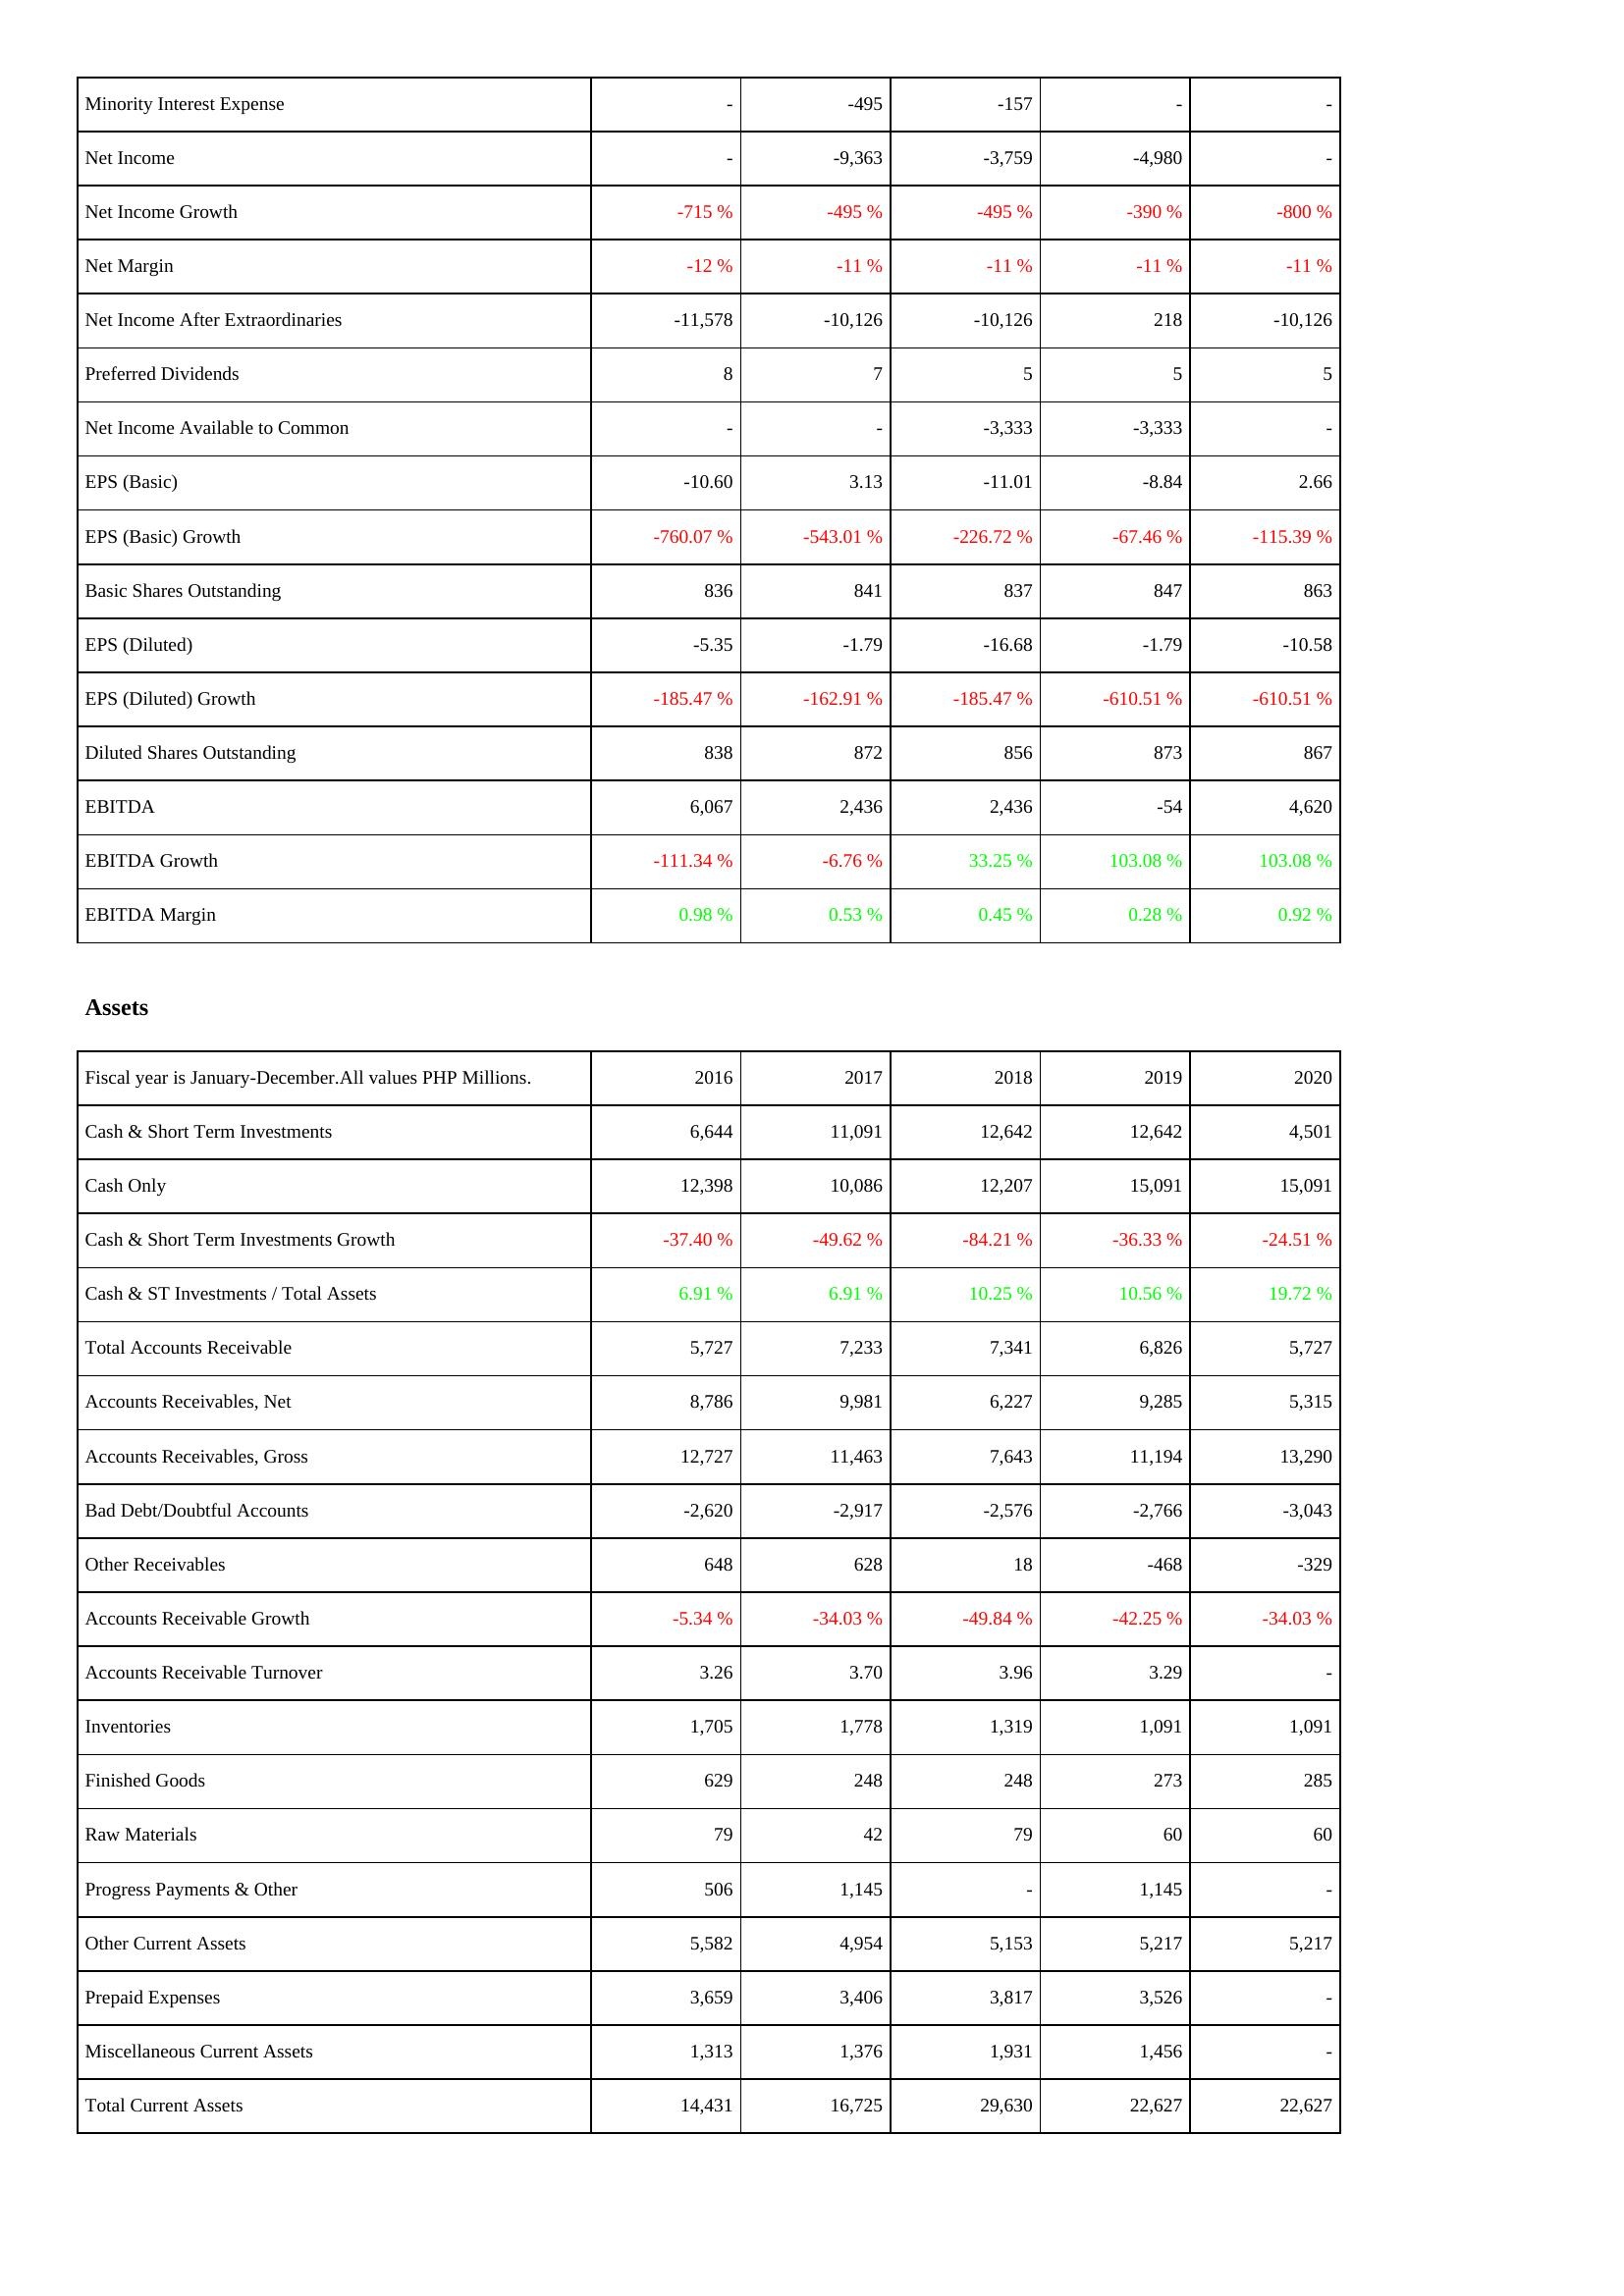
2016: Income Statement: Minority Interest Expense: -
Net Income: -
Net Income Growth: -715 %
Net Margin: -12 %
Net Income After Extraordinaries: -11,578
Preferred Dividends: 8
Net Income Available to Common: -
EPS (Basic): -10.60
EPS (Basic) Growth: -760.07 %
Basic Shares Outstanding: 836
EPS (Diluted): -5.35
EPS (Diluted) Growth: -185.47 %
Diluted Shares Outstanding: 838
EBITDA: 6,067
EBITDA Growth: -111.34 %
EBITDA Margin: 0.98 %
Assets: Cash & Short Term Investments: 6,644
Cash Only: 12,398
Cash & Short Term Investments Growth: -37.40 %
Cash & ST Investments / Total Assets: 6.91 %
Total Accounts Receivable: 5,727
Accounts Receivables, Net: 8,786
Accounts Receivables, Gross: 12,727
Bad Debt/Doubtful Accounts: -2,620
Other Receivables: 648
Accounts Receivable Growth: -5.34 %
Accounts Receivable Turnover: 3.26
Inventories: 1,705
Finished Goods: 629
Raw Materials: 79
Progress Payments & Other: 506
Other Current Assets: 5,582
Prepaid Expenses: 3,659
Miscellaneous Current Assets: 1,313
Total Current Assets: 14,431
2017: Income Statement: Minority Interest Expense: -495
Net Income: -9,363
Net Income Growth: -495 %
Net Margin: -11 %
Net Income After Extraordinaries: -10,126
Preferred Dividends: 7
Net Income Available to Common: -
EPS (Basic): 3.13
EPS (Basic) Growth: -543.01 %
Basic Shares Outstanding: 841
EPS (Diluted): -1.79
EPS (Diluted) Growth: -162.91 %
Diluted Shares Outstanding: 872
EBITDA: 2,436
EBITDA Growth: -6.76 %
EBITDA Margin: 0.53 %
Assets: Cash & Short Term Investments: 11,091
Cash Only: 10,086
Cash & Short Term Investments Growth: -49.62 %
Cash & ST Investments / Total Assets: 6.91 %
Total Accounts Receivable: 7,233
Accounts Receivables, Net: 9,981
Accounts Receivables, Gross: 11,463
Bad Debt/Doubtful Accounts: -2,917
Other Receivables: 628
Accounts Receivable Growth: -34.03 %
Accounts Receivable Turnover: 3.70
Inventories: 1,778
Finished Goods: 248
Raw Materials: 42
Progress Payments & Other: 1,145
Other Current Assets: 4,954
Prepaid Expenses: 3,406
Miscellaneous Current Assets: 1,376
Total Current Assets: 16,725
2018: Income Statement: Minority Interest Expense: -157
Net Income: -3,759
Net Income Growth: -495 %
Net Margin: -11 %
Net Income After Extraordinaries: -10,126
Preferred Dividends: 5
Net Income Available to Common: -3,333
EPS (Basic): -11.01
EPS (Basic) Growth: -226.72 %
Basic Shares Outstanding: 837
EPS (Diluted): -16.68
EPS (Diluted) Growth: -185.47 %
Diluted Shares Outstanding: 856
EBITDA: 2,436
EBITDA Growth: 33.25 %
EBITDA Margin: 0.45 %
Assets: Cash & Short Term Investments: 12,642
Cash Only: 12,207
Cash & Short Term Investments Growth: -84.21 %
Cash & ST Investments / Total Assets: 10.25 %
Total Accounts Receivable: 7,341
Accounts Receivables, Net: 6,227
Accounts Receivables, Gross: 7,643
Bad Debt/Doubtful Accounts: -2,576
Other Receivables: 18
Accounts Receivable Growth: -49.84 %
Accounts Receivable Turnover: 3.96
Inventories: 1,319
Finished Goods: 248
Raw Materials: 79
Progress Payments & Other: -
Other Current Assets: 5,153
Prepaid Expenses: 3,817
Miscellaneous Current Assets: 1,931
Total Current Assets: 29,630
2019: Income Statement: Minority Interest Expense: -
Net Income: -4,980
Net Income Growth: -390 %
Net Margin: -11 %
Net Income After Extraordinaries: 218
Preferred Dividends: 5
Net Income Available to Common: -3,333
EPS (Basic): -8.84
EPS (Basic) Growth: -67.46 %
Basic Shares Outstanding: 847
EPS (Diluted): -1.79
EPS (Diluted) Growth: -610.51 %
Diluted Shares Outstanding: 873
EBITDA: -54
EBITDA Growth: 103.08 %
EBITDA Margin: 0.28 %
Assets: Cash & Short Term Investments: 12,642
Cash Only: 15,091
Cash & Short Term Investments Growth: -36.33 %
Cash & ST Investments / Total Assets: 10.56 %
Total Accounts Receivable: 6,826
Accounts Receivables, Net: 9,285
Accounts Receivables, Gross: 11,194
Bad Debt/Doubtful Accounts: -2,766
Other Receivables: -468
Accounts Receivable Growth: -42.25 %
Accounts Receivable Turnover: 3.29
Inventories: 1,091
Finished Goods: 273
Raw Materials: 60
Progress Payments & Other: 1,145
Other Current Assets: 5,217
Prepaid Expenses: 3,526
Miscellaneous Current Assets: 1,456
Total Current Assets: 22,627
2020: Income Statement: Minority Interest Expense: -
Net Income: -
Net Income Growth: -800 %
Net Margin: -11 %
Net Income After Extraordinaries: -10,126
Preferred Dividends: 5
Net Income Available to Common: -
EPS (Basic): 2.66
EPS (Basic) Growth: -115.39 %
Basic Shares Outstanding: 863
EPS (Diluted): -10.58
EPS (Diluted) Growth: -610.51 %
Diluted Shares Outstanding: 867
EBITDA: 4,620
EBITDA Growth: 103.08 %
EBITDA Margin: 0.92 %
Assets: Cash & Short Term Investments: 4,501
Cash Only: 15,091
Cash & Short Term Investments Growth: -24.51 %
Cash & ST Investments / Total Assets: 19.72 %
Total Accounts Receivable: 5,727
Accounts Receivables, Net: 5,315
Accounts Receivables, Gross: 13,290
Bad Debt/Doubtful Accounts: -3,043
Other Receivables: -329
Accounts Receivable Growth: -34.03 %
Accounts Receivable Turnover: -
Inventories: 1,091
Finished Goods: 285
Raw Materials: 60
Progress Payments & Other: -
Other Current Assets: 5,217
Prepaid Expenses: -
Miscellaneous Current Assets: -
Total Current Assets: 22,627